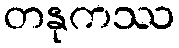
တနုကဿ